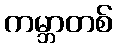
ကမ္ဘာတစ်